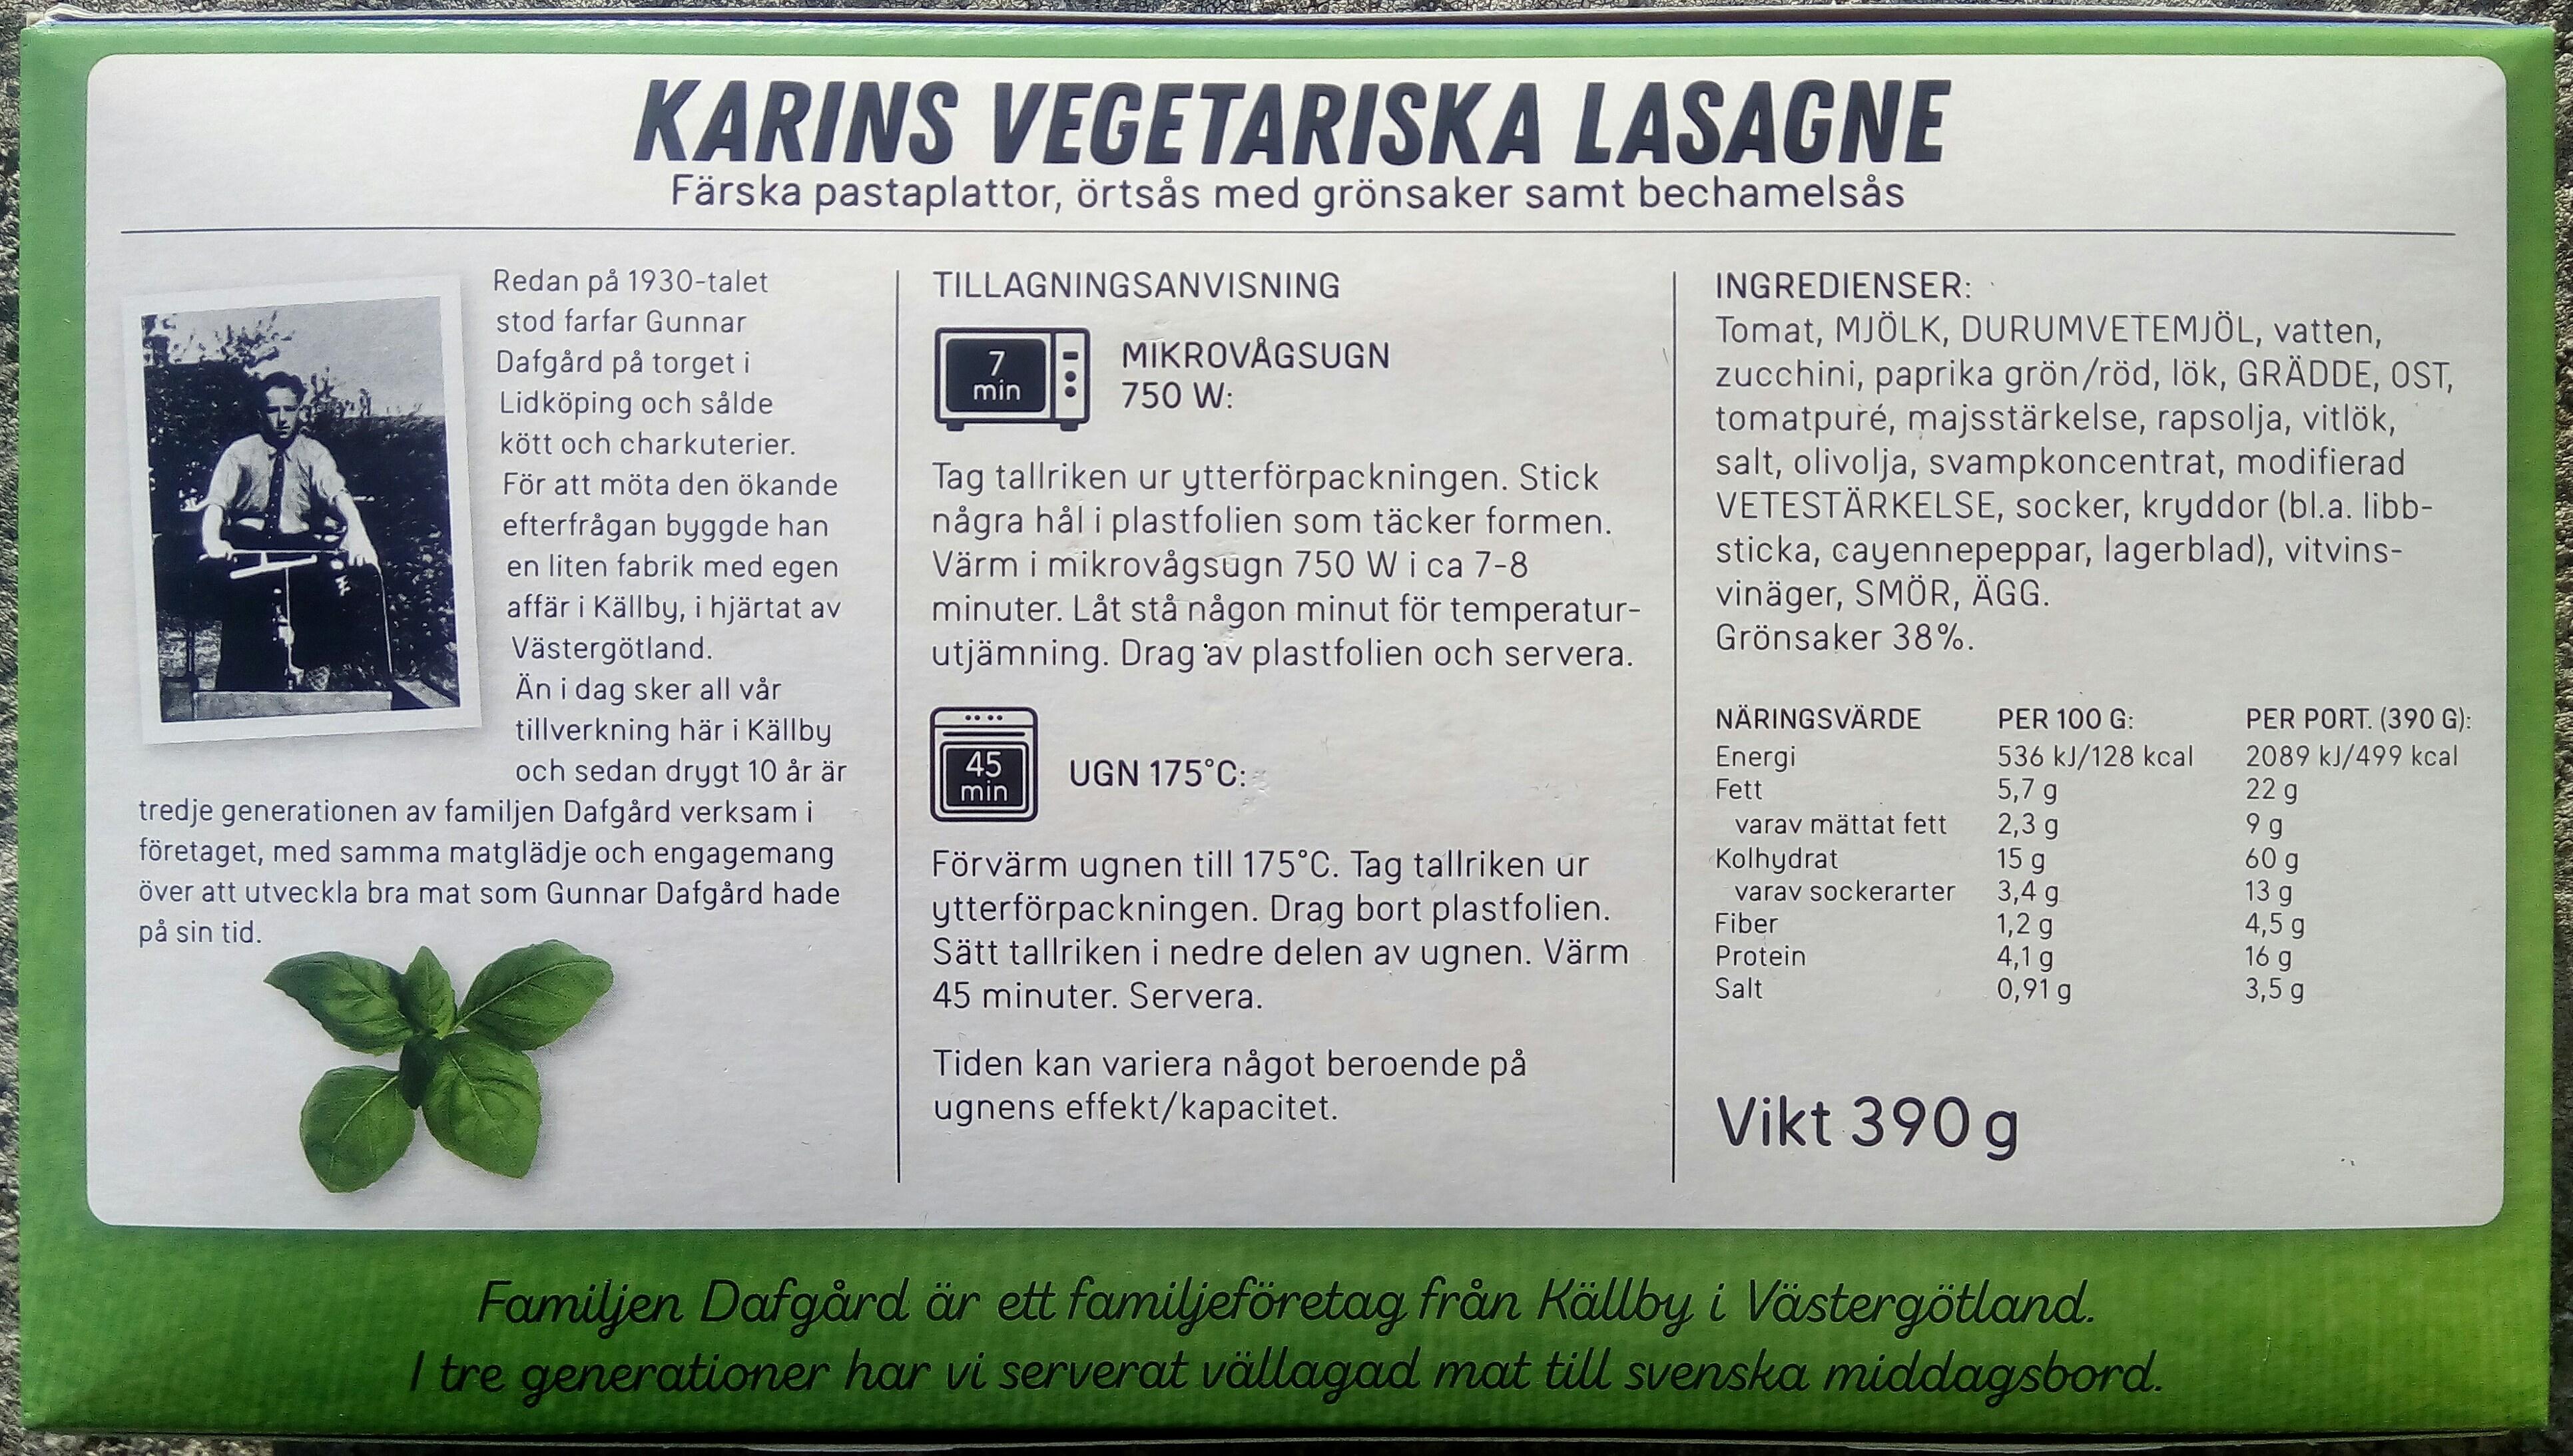
KARINS VEGETARISKA LASAGNE
Färska pastaplattor, örtsås med grönsaker samt bechamelsås
Redan på 1930-talet stod farfar Gunnar
TILLAGNINGSANVISNING
INGREDIENSER:
Tomat, MJÖLK, DURUMVETEMJÖL, vatten, zucchini, paprika grön/röd, lök, GRÄDDE, OST, tomatpuré, majsstärkelse, rapsolja, vitlök, salt, olivolja, svampkoncentrat, modifierad VETESTÄRKELSE, socker, kryddor (bl.a. libb- sticka, cayennepeppar, lagerblad), vitvins- vinäger, SMÖR, ÄGG. Grönsaker 38%.
MIKROVÅGSUGN
Dafgård på torget i Lidköping och sålde kött och charkuterier.
7 min
750 W:
Tag tallriken ur ytterförpackningen. Stick några hål i plastfolien som täcker formen. Värm i mikrovågsugn 750 W i ca 7-8 minuter. Låt stå någon minut för temperatur- utjämning. Drag av plastfolien och servera.
För att möta den ökande
efterfrågan byggde han en liten fabrik med egen
affär i Källby, i hjärtat av
Västergötland.
Än i dag sker all vår tillverkning här i Källby och sedan drygt 10 år är tredje generationen av familjen Dafgård verksam i företaget, med samma matglädje och engagemang över att utveckla bra mat som Gunnar Dafgård hade
NÄRINGSVÄRDE
PER 100 G:
PER PORT. (390 G):
536 kJ/128 kcal 5,7 g 2,3 g 15 g 3,4 g 1,2 g 4,1 g 0,91 g
2089 kJ/499 kcal 22 g 99 60 g 13 g 4,5 g 16 g 3,5 g
45 min
UGN 175°C:
Energi Fett
varav mättat fett
Förvärm ugnen till 175°C. Tag tallriken ur ytterförpackningen. Drag bort plastfolien. Sätt tallriken i nedre delen av ugnen. Värm 45 minuter. Servera.
Kolhydrat varav sockerarter Fiber
på sin tid.
Protein Salt
Tiden kan variera något beroende på ugnens effekt/kapacitet.
Vikt 390 g
Familjen Dafgård är ett familjeföretag från Källby i Västergötland. | tre generationer har vi serverat vällagad mat till svenska middagsbord.